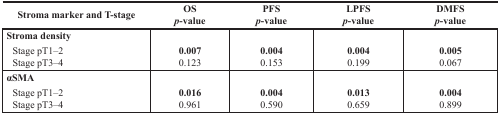
<table><thead><tr><td><b>Stroma marker and T-stage</b></td><td><b>OS <i>p</i>-value</b></td><td><b>PFS <i>p</i>-value</b></td><td><b>LPFS <i>p</i>-value</b></td><td><b>DMFS <i>p</i>-value</b></td></tr></thead><tbody><tr><td><b>Stroma density</b></td><td></td><td></td><td></td><td></td></tr><tr><td> Stage pT1–2</td><td><b>0.007</b></td><td><b>0.004</b></td><td><b>0.004</b></td><td><b>0.005</b></td></tr><tr><td> Stage pT3–4</td><td>0.123</td><td>0.153</td><td>0.199</td><td>0.067</td></tr><tr><td><b>αSMA</b></td><td></td><td></td><td></td><td></td></tr><tr><td> Stage pT1–2</td><td><b>0.016</b></td><td><b>0.004</b></td><td><b>0.013</b></td><td><b>0.004</b></td></tr><tr><td> Stage pT3–4</td><td>0.961</td><td>0.590</td><td>0.659</td><td>0.899</td></tr></tbody></table>